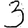
Digit: 3